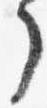
了